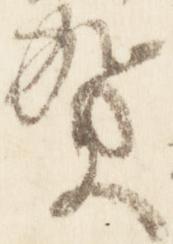
賀